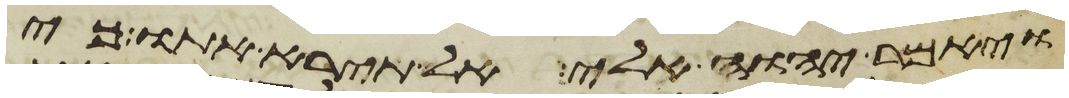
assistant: ויאמר יהוה אלי אל תירא אתו כי